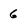
Character: 6